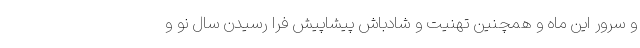
و سرور این ماه و همچنین تهنیت و شادباش پیشاپیش فرا رسیدن سال نو و